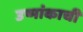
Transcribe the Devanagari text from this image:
उष्मांकाची